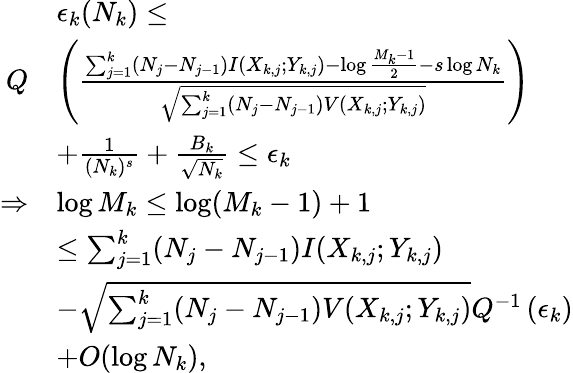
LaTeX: \begin{array}{rl}&{\epsilon_{k}(N_{k})\leq}\\ {Q}&{\left(\frac{\sum_{j=1}^{k}(N_{j}-N_{j-1})I(X_{k,j};Y_{k,j})-\log\frac{M_{k}-1}{2}-s\log N_{k}}{\sqrt{\sum_{j=1}^{k}(N_{j}-N_{j-1})V(X_{k,j};Y_{k,j})}}\right)}\\ &{+\frac{1}{(N_{k})^{s}}+\frac{B_{k}}{\sqrt{N_{k}}}\leq\epsilon_{k}}\\ {\Rightarrow}&{\log M_{k}\leq\log(M_{k}-1)+1}\\ &{\leq\sum_{j=1}^{k}(N_{j}-N_{j-1})I(X_{k,j};Y_{k,j})}\\ &{-\sqrt{\sum_{j=1}^{k}(N_{j}-N_{j-1})V(X_{k,j};Y_{k,j})}Q^{-1}\left(\epsilon_{k}\right)}\\ &{+O(\log N_{k}),}\end{array}